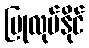
ပြုလုပ်နိုင်